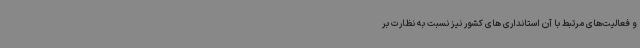
و فعالیت‌های مرتبط با آن استانداری های کشور نیز نسبت به نظارت بر